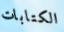
الكتابات